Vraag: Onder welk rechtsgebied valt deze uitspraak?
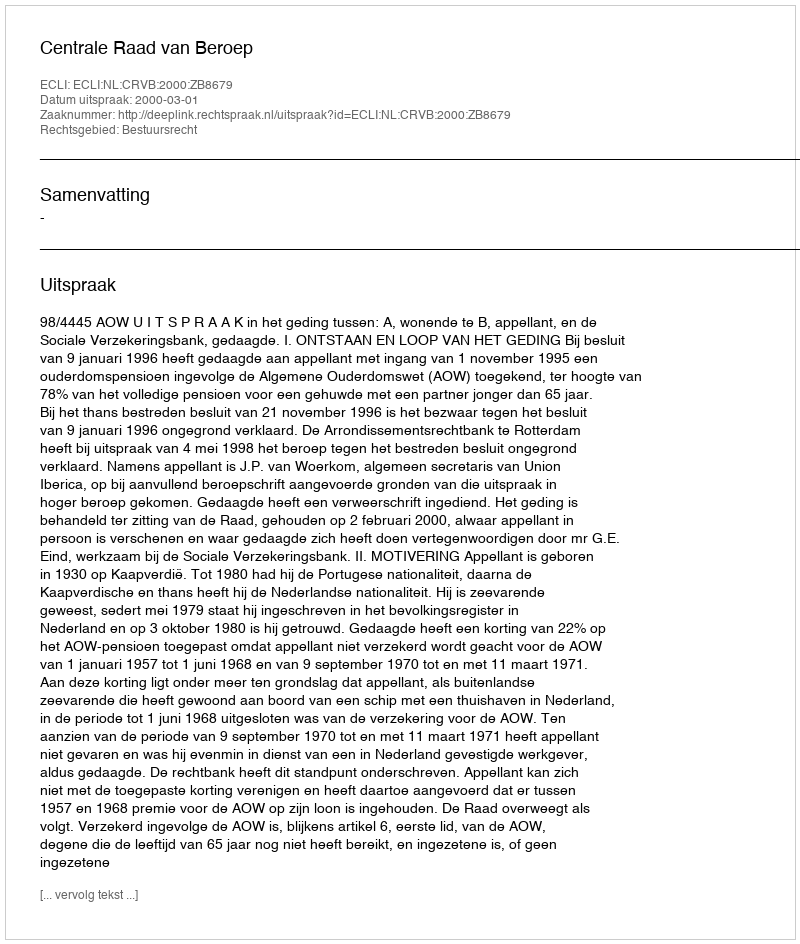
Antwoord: Bestuursrecht